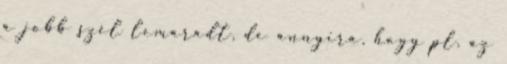
a jobb szél lemaradt, de annyira, hogy pl. az